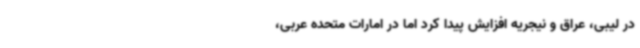
در لیبی، عراق و نیجریه افزایش پیدا کرد اما در امارات متحده عربی،